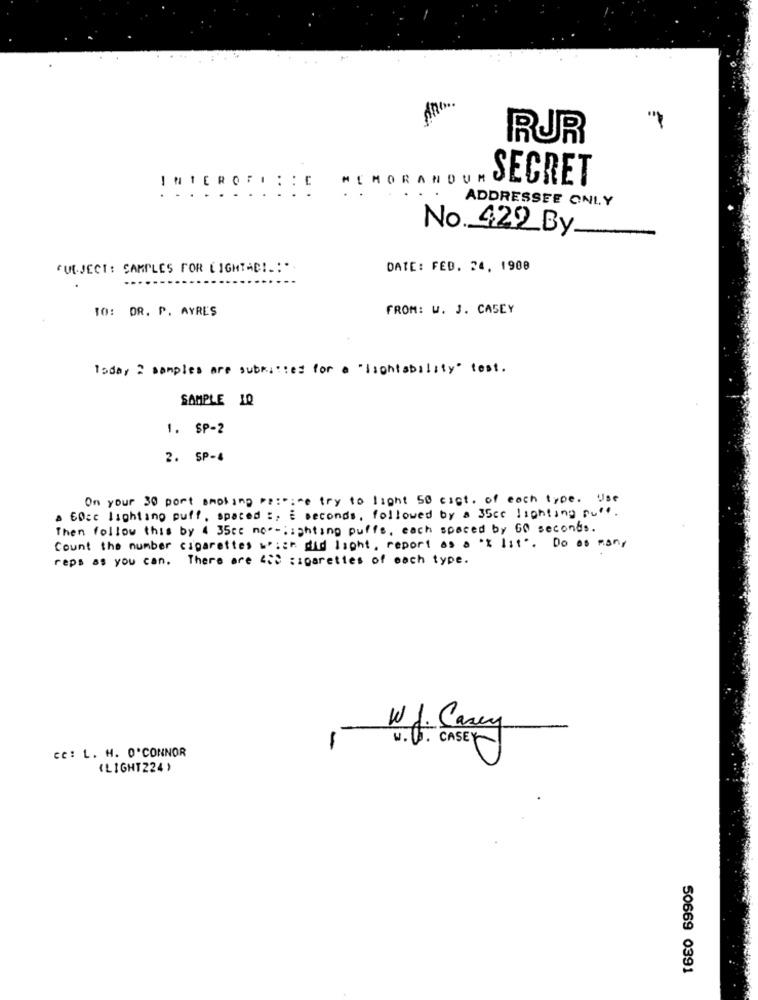
RUR
MEMORANDUM
SECRET
INTEROF. : : C
ADDRESSEE ONLY
No. 422_By __
QUEJECT: CAMPLES FOR LIGHTACI .:-
DATE: FED. 24, 1900
...
TO: DR. P. AYRES
FROM: W. J. CASEY
Today ? samples are submitted for a "ischtability" test.
SAMPLE 10
1. SP-2
2. SP-4
On your 30 port smoking re :: try to light 50 cigt. of each type. Use
A CO=c lighting puff, spaced :, E seconds, followed by a 35cc lighting put.
Then follow this by 4 35cc no -- lighting puffs, each spaced by G0 seconds.
Count the number cigarettes w :: did light, report as a 'x lit". Do as many
reps as you can. There are ""> : sparettes of each type.
W J. Casey
-
w . Q. CASEY
CC: L. H. O'CONNOR
(LIGHT224 )
50669 0391